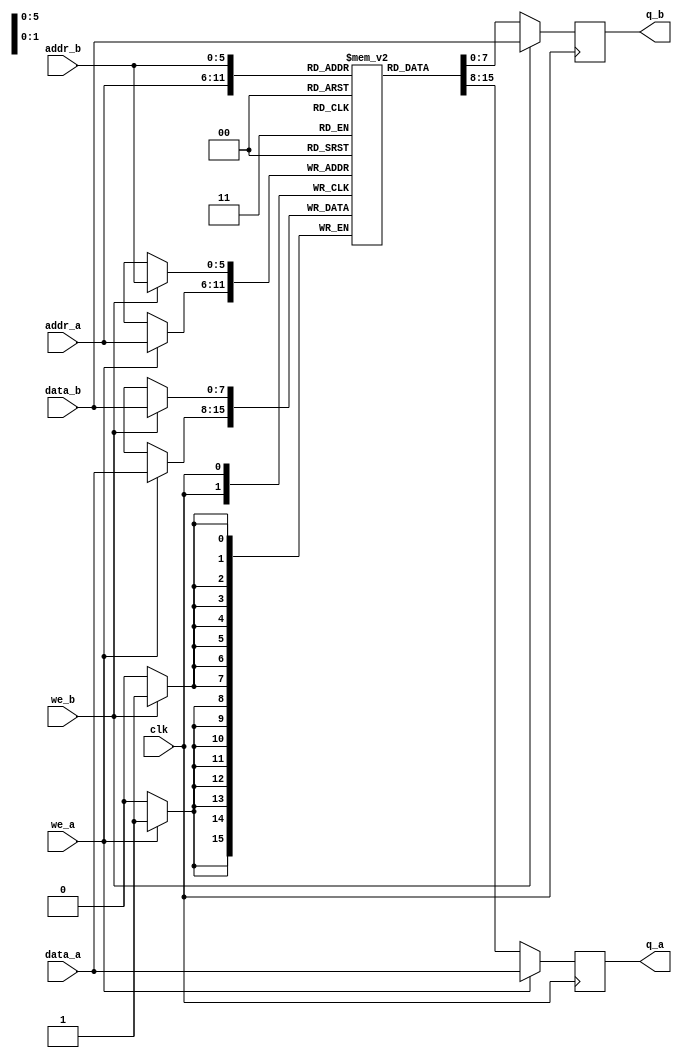
module true_dpram_sclk
(
	input [7:0] data_a, data_b,
	input [5:0] addr_a, addr_b,
	input we_a, we_b, clk,
	output reg [7:0] q_a, q_b
);
	// Declare the RAM variable
	reg [7:0] ram[63:0];
	
	// Port A
	always @ (posedge clk)
	begin
		if (we_a) 
		begin
			ram[addr_a] <= data_a;
			q_a <= data_a;
		end
		else 
		begin
			q_a <= ram[addr_a];
		end
	end
	
	// Port B
	always @ (posedge clk)
	begin
		if (we_b)
		begin
			ram[addr_b] <= data_b;
			q_b <= data_b;
		end
		else
		begin
			q_b <= ram[addr_b];
		end
	end
	
endmodule